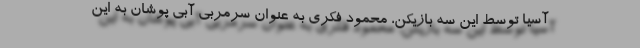
آسیا توسط این سه بازیکن، محمود فکری به عنوان سرمربی آبی پوشان به این